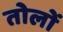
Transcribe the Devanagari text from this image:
तोलों